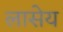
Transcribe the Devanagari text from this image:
लासेय